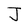
Character: J